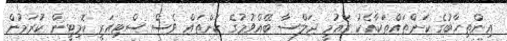
އިންތިހާބުގެ ކަންތައްތަކާއެކު ގައުމީ ޖަލްސާ ބޭއްވުމުގެ ކަންތައް ވެސް ސްޓިއަރީ ކޮމިޓީން ކުރަމުން